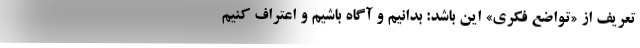
تعریف از «تواضع فکری» این باشد: بدانیم و آگاه باشیم و اعتراف کنیم